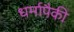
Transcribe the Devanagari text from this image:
धर्मापैकी